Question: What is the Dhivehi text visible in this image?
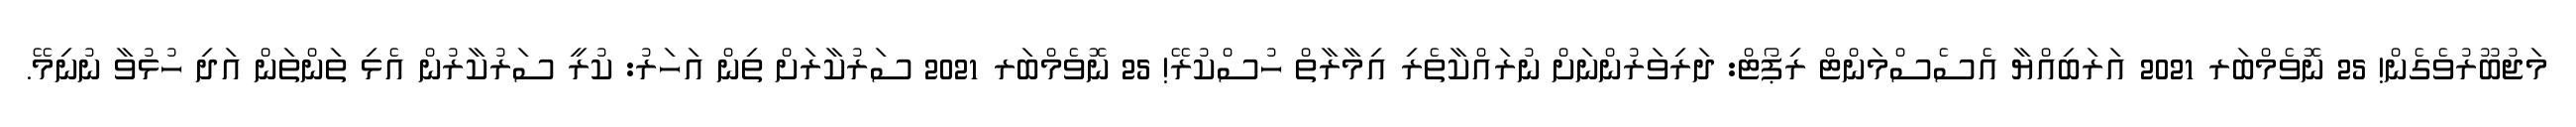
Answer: މަޖުބޫރުވެގެން! 25 ނޮވެމްބަރ 2021 އަރަބިއްޔާ އެސެސްމަންޓް ރިޕޯޓް: ދަރިވަރުންނަށް ނުރައްކާތެރި އިމާރާތް ހުސްކުރޭ! 25 ނޮވެމްބަރ 2021 ސަރުކާރަށް ތިން އަހަރު: ކުރީ ސަރުކާރުން އެޅި ތަންތަން އަދި ހުޅުވާ ނުނިމޭ.